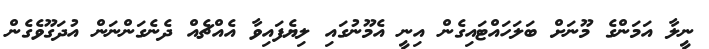
ނީލާ އަމަންގެ މޫނަށް ބަލަހައްޓައިގެން އިނީ އެމޫނުގައި ލިޔެފައިވާ އެއްޗެއް ދެނެގަންނަން އުދަގޫވެގެން